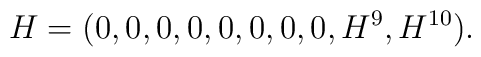
H = (0, 0, 0, 0, 0, 0, 0, 0, H^9, H^{10}).